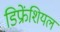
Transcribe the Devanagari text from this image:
डिफ्रेंशियल